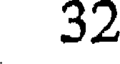
32